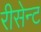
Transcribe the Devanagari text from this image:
रीसेन्ट